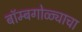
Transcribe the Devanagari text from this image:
बॉम्बगोळ्याचा